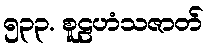
၅၃၃. စူဠဟံသဇာတ်